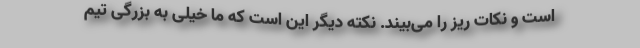
است و نکات ریز را می‌بیند. نکته دیگر این است که ما خیلی به بزرگی تیم